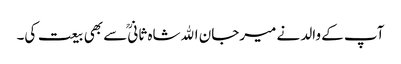
آپ کے والد نے میرجان اﷲشاہ ثانیؒ سے بھی بیعت کی۔